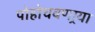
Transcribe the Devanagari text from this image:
पोहोचवणार्‍या